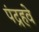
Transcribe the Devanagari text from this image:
पंद्रहवे